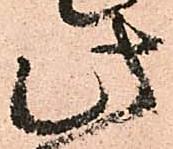
此